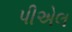
પીએલ